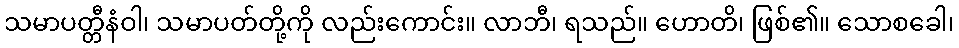
သမာပတ္တီနံဝါ၊ သမာပတ်တို့ကို လည်းကောင်း။ လာဘီ၊ ရသည်။ ဟောတိ၊ ဖြစ်၏။ သောစခေါ၊